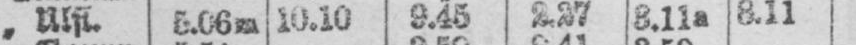
„ Ulfl. 5.06m 10.10 9.45 2.27 3.11a 8.11